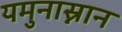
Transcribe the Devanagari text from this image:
यमुनास्नान